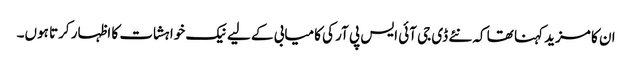
ان کا مزید کہنا تھا کہ نئے ڈی جی آئی ایس پی آر کی کامیابی کے لیے نیک خواہشات کا اظہار کرتا ہوں۔